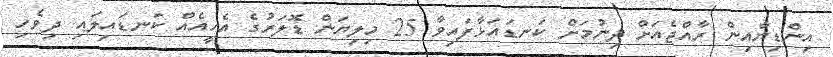
އިންޑިޔާއިން ރާއްޖެއަށް ދިނުމަށް ކަނޑައަޅާފައިވާ 25 މިލިޔަން ޑޮލަރުގެ އެހީއެއް ކަނޑައިލައި ދިވެހި